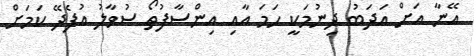
އޭނާ އަށް އަދަބު ދިނުމަކީ ހަމަ އާއި އިންސާފުތޯ ސުވާލު އުފެދޭ ކަމަށް